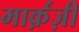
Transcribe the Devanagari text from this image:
मार्क़ज़ी